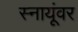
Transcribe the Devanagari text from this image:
स्नायूंवर